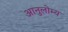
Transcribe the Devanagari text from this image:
आनुलोम्य